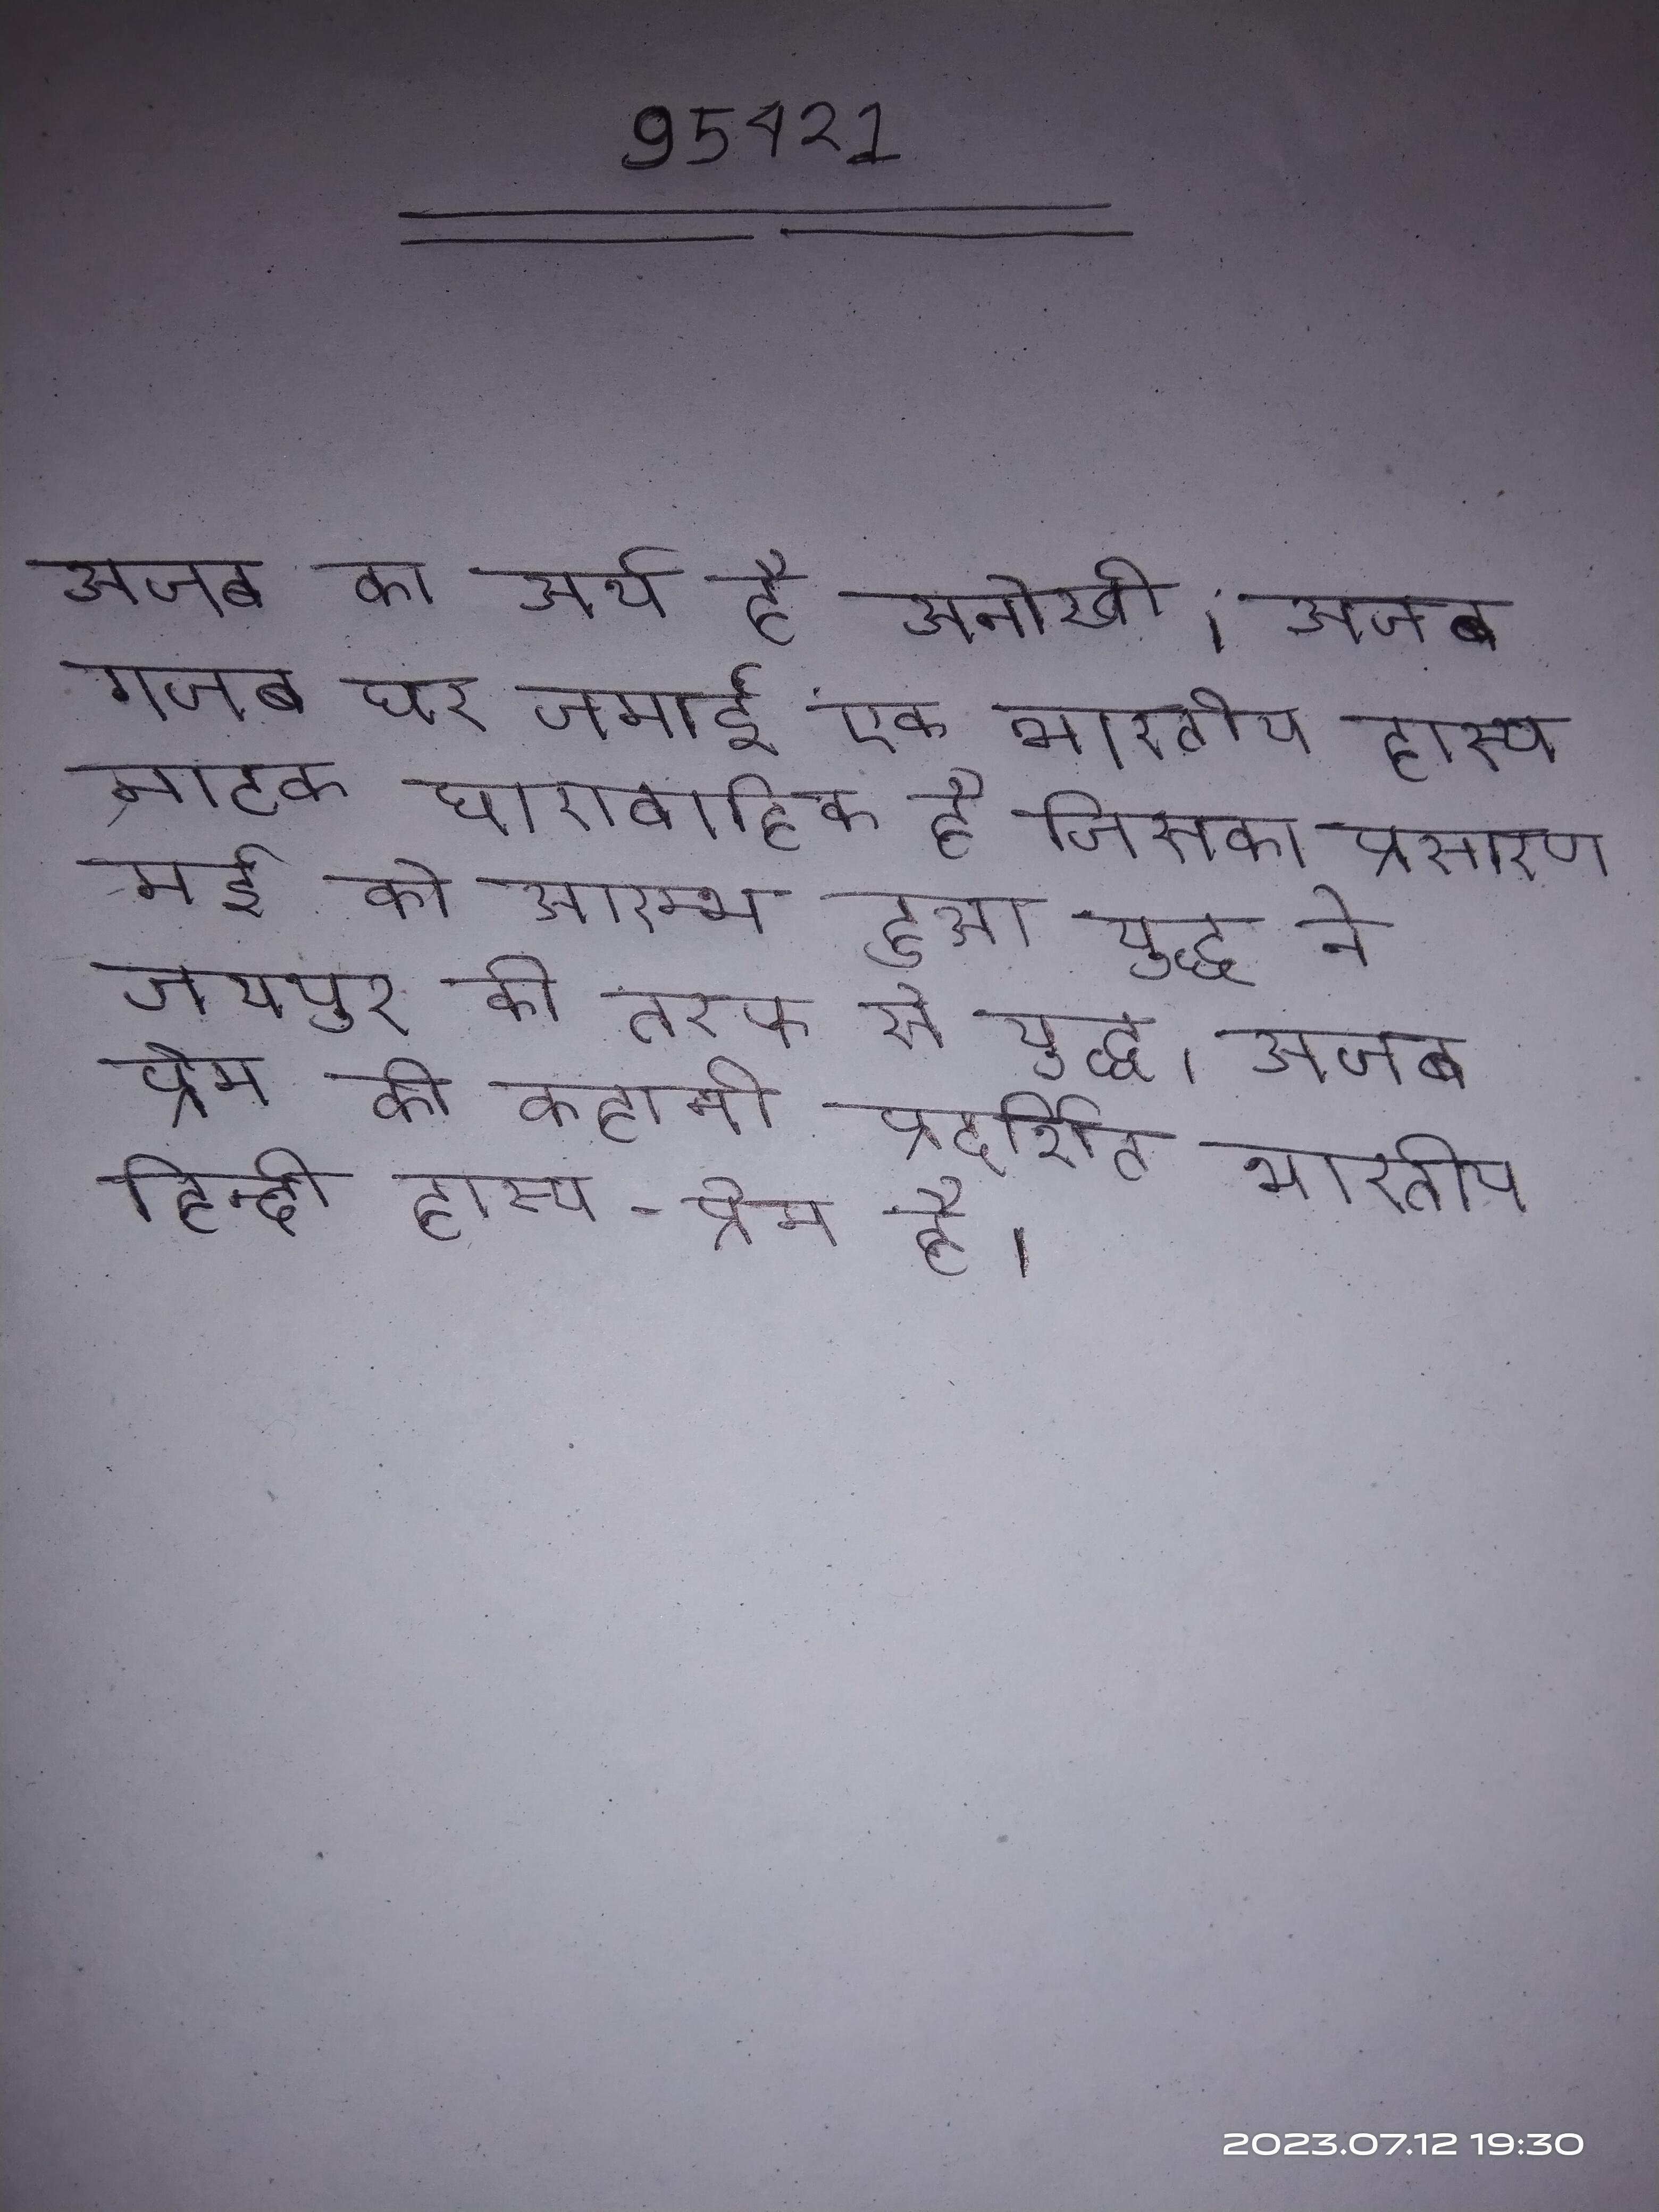
अजब का अर्थ है अनोखी । अजब गजब घर जमाई एक भारतीय हास्य नाटक धारावाहिक है जिसका प्रसारण मई को आरम्भ हुआ । युद्ध ने जयपुर की तरफ से युद्ध । अजब प्रेम की कहानी प्रदर्शित भारतीय हिन्दी हास्य-प्रेम है ।